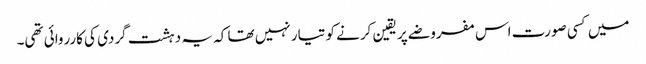
میں کسی صورت اس مفروضے پر یقین کرنے کو تیار نہیں تھا کہ یہ دہشت گردی کی کارروائی تھی۔